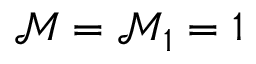
\mathcal { M } = \mathcal { M } _ { 1 } = 1